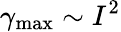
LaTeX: \gamma_{\mathrm{{max}}}\sim I^{2}